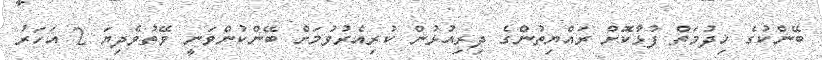
ބޭންކުގެ ޚިދުމަތް ފުޅާކޮށް ރައްޔިތުންގެ ދިރިއުޅުން ކުރިއެރުވުމަށް ބޭންކުންވަނީ ވޭތުވެދިޔަ 2 އަހަރު